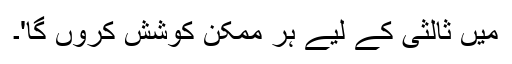
میں ثالثی کے لیے ہر ممکن کوشش کروں گا'۔